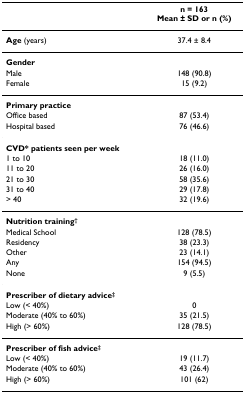
|  | n = 163Mean ± SD or n (%) |
 | --- | --- |
 | Age (years) | 37.4 ± 8.4 |
 | Gender |  |
 | Male | 148 (90.8) |
 | Female | 15 (9.2) |
 | Primary practice |  |
 | Office based | 87 (53.4) |
 | Hospital based | 76 (46.6) |
 | CVD* patients seen per week |  |
 | 1 to 10 | 18 (11.0) |
 | 11 to 20 | 26 (16.0) |
 | 21 to 30 | 58 (35.6) |
 | 31 to 40 | 29 (17.8) |
 | > 40 | 32 (19.6) |
 | Nutrition training† |  |
 | Medical School | 128 (78.5) |
 | Residency | 38 (23.3) |
 | Other | 23 (14.1) |
 | Any | 154 (94.5) |
 | None | 9 (5.5) |
 | Prescriber of dietary advice‡ |  |
 | Low (< 40%) | 0 |
 | Moderate (40% to 60%) | 35 (21.5) |
 | High (> 60%) | 128 (78.5) |
 | Prescriber of fish advice‡ |  |
 | Low (< 40%) | 19 (11.7) |
 | Moderate (40% to 60%) | 43 (26.4) |
 | High (> 60%) | 101 (62) |